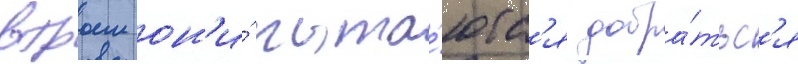
втроем он'и́ пыта́ютс'я добра́тьс'я